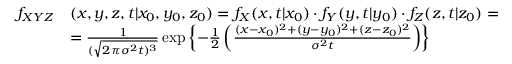
\begin{array} { r l } { f _ { X Y Z } } & { ( x , y , z , t \vert x _ { 0 } , y _ { 0 } , z _ { 0 } ) = f _ { X } ( x , t \vert x _ { 0 } ) \cdot f _ { Y } ( y , t \vert y _ { 0 } ) \cdot f _ { Z } ( z , t \vert z _ { 0 } ) = } \\ & { = \frac { 1 } { ( \sqrt { 2 \pi \sigma ^ { 2 } t ) ^ { 3 } } } \exp \left\lbrace - \frac { 1 } { 2 } \left( \frac { ( x - x _ { 0 } ) ^ { 2 } + ( y - y _ { 0 } ) ^ { 2 } + ( z - z _ { 0 } ) ^ { 2 } } { \sigma ^ { 2 } t } \right) \right\rbrace } \end{array}